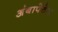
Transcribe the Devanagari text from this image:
अंबापेठेत